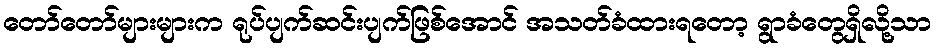
တော်တော်များများက ရုပ်ပျက်ဆင်းပျက်ဖြစ်အောင် အသတ်ခံထားရတော့ ရွာခံတွေရှိလို့သာ